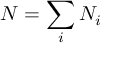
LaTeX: N = \sum _ { i } N _ { i }